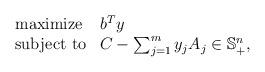
LaTeX: \begin{align*} \begin{array}{lll}\mbox{\rm maximize} & b^T y \\ \mbox{\rm subject to} & C - \sum^{m}_{j=1} y_j A_j \in \mathbb{S}^n_{+},\end{array} \end{align*}